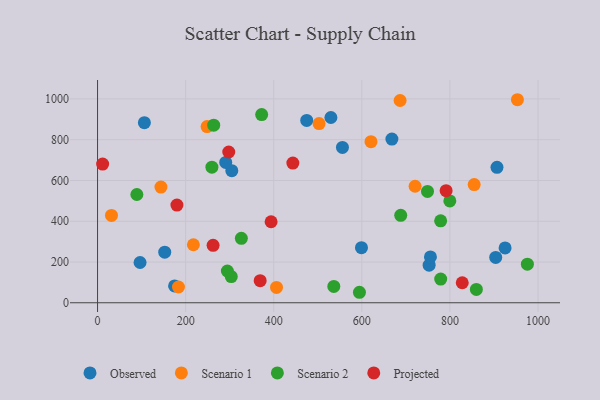
{"axis": {"x": "Engine Size", "y": "Rating"}, "legend": ["Observed", "Projected", "Scenario 1", "Scenario 2"], "data": [{"x": "752.8", "y": 184.2, "type": "Observed"}, {"x": "925.3", "y": 269.0, "type": "Observed"}, {"x": "304.8", "y": 648.1, "type": "Observed"}, {"x": "291.0", "y": 688.7, "type": "Observed"}, {"x": "174.9", "y": 82.6, "type": "Observed"}, {"x": "599.2", "y": 270.2, "type": "Observed"}, {"x": "152.5", "y": 248.1, "type": "Observed"}, {"x": "96.5", "y": 197.4, "type": "Observed"}, {"x": "474.9", "y": 894.6, "type": "Observed"}, {"x": "556.0", "y": 761.9, "type": "Observed"}, {"x": "529.8", "y": 909.0, "type": "Observed"}, {"x": "904.0", "y": 222.4, "type": "Observed"}, {"x": "906.9", "y": 664.6, "type": "Observed"}, {"x": "106.3", "y": 883.6, "type": "Observed"}, {"x": "755.8", "y": 224.7, "type": "Observed"}, {"x": "668.3", "y": 803.0, "type": "Observed"}, {"x": "721.0", "y": 571.6, "type": "Scenario 1"}, {"x": "686.9", "y": 992.2, "type": "Scenario 1"}, {"x": "620.8", "y": 790.2, "type": "Scenario 1"}, {"x": "248.7", "y": 864.4, "type": "Scenario 1"}, {"x": "183.7", "y": 77.4, "type": "Scenario 1"}, {"x": "855.1", "y": 579.6, "type": "Scenario 1"}, {"x": "502.9", "y": 879.1, "type": "Scenario 1"}, {"x": "953.3", "y": 996.1, "type": "Scenario 1"}, {"x": "217.6", "y": 284.6, "type": "Scenario 1"}, {"x": "31.6", "y": 428.5, "type": "Scenario 1"}, {"x": "143.9", "y": 567.5, "type": "Scenario 1"}, {"x": "406.3", "y": 75.4, "type": "Scenario 1"}, {"x": "303.6", "y": 128.2, "type": "Scenario 2"}, {"x": "779.0", "y": 401.9, "type": "Scenario 2"}, {"x": "975.9", "y": 189.3, "type": "Scenario 2"}, {"x": "263.7", "y": 871.3, "type": "Scenario 2"}, {"x": "326.5", "y": 316.2, "type": "Scenario 2"}, {"x": "372.6", "y": 923.4, "type": "Scenario 2"}, {"x": "259.6", "y": 665.3, "type": "Scenario 2"}, {"x": "688.3", "y": 428.8, "type": "Scenario 2"}, {"x": "799.8", "y": 499.4, "type": "Scenario 2"}, {"x": "536.4", "y": 80.1, "type": "Scenario 2"}, {"x": "294.7", "y": 155.9, "type": "Scenario 2"}, {"x": "860.1", "y": 65.2, "type": "Scenario 2"}, {"x": "749.1", "y": 546.2, "type": "Scenario 2"}, {"x": "594.6", "y": 51.4, "type": "Scenario 2"}, {"x": "89.2", "y": 531.2, "type": "Scenario 2"}, {"x": "779.1", "y": 116.0, "type": "Scenario 2"}, {"x": "297.9", "y": 739.7, "type": "Projected"}, {"x": "791.4", "y": 549.9, "type": "Projected"}, {"x": "394.0", "y": 397.4, "type": "Projected"}, {"x": "369.2", "y": 108.1, "type": "Projected"}, {"x": "828.0", "y": 98.1, "type": "Projected"}, {"x": "262.3", "y": 281.8, "type": "Projected"}, {"x": "11.5", "y": 680.2, "type": "Projected"}, {"x": "180.2", "y": 479.4, "type": "Projected"}, {"x": "443.4", "y": 685.2, "type": "Projected"}]}